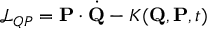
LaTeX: { \mathcal { L } } _ { Q P } = \mathbf { P } \cdot { \dot { \mathbf { Q } } } - K ( \mathbf { Q } , \mathbf { P } , t )